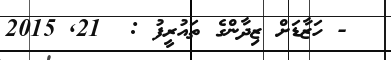
- ހަޒާޑަށް ޒިދާންގެ ތައުރީފު :  21